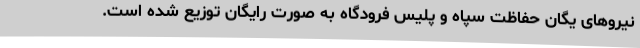
نیروهای یگان حفاظت سپاه و پلیس فرودگاه به صورت رایگان توزیع شده است.